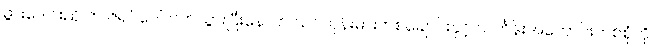
ဖွားဒေါင်းညို က ဇရပ်ပေါ်တက်သွားပြီးနောက် သင်တုန်းဓားတစ်ချောင်းနှင့် သင်္ကန်းအဟောင်းတစ်စုံကို